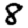
Digit: 8